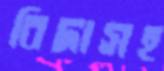
বিদাসহ